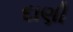
દાણી